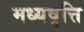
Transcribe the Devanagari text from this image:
मध्यवृत्ति